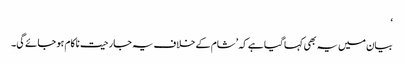
‘
بیان میں یہ بھی کہا گیا ہے کہ ’شام کے خلاف یہ جارحیت ناکام ہو جائے گی۔